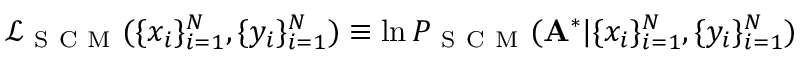
\mathcal { L } _ { \mathrm { ~ S ~ C ~ M ~ } } ( \{ x _ { i } \} _ { i = 1 } ^ { N } , \{ y _ { i } \} _ { i = 1 } ^ { N } ) \equiv \ln P _ { \mathrm { ~ S ~ C ~ M ~ } } ( \mathbf { A } ^ { * } | \{ x _ { i } \} _ { i = 1 } ^ { N } , \{ y _ { i } \} _ { i = 1 } ^ { N } )